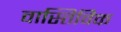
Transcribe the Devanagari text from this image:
वास्तिविक